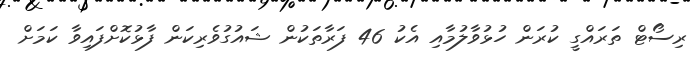
ރިސޯޓް ތަރައްގީ ކުރަން ހުޅުވާލުމާއި އެކު 46 ފަރާތަކުން ޝައުގުވެރިކަން ފާޅުކޮށްފައިވާ ކަމަށް